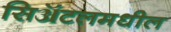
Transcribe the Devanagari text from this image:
सिॲटलमधील